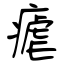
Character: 瘧